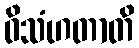
ဝိသံဟတာတိ